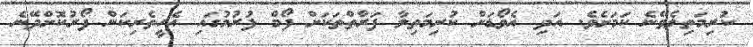
ކުރިމަތިލެވޭނެ ކަމަށެވެ. އަދި އެވޯޑަށް ކުރިމަތިލާ ފަރާތްތަކަށް ފޯމް ފުރުމުގައި އެހީތެރިކަން ފޯރުކޮށްދޭނެ